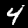
Label: 4